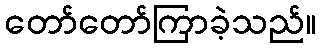
တော်တော်ကြာခဲ့သည်။